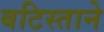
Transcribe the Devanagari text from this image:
बटिस्ताने